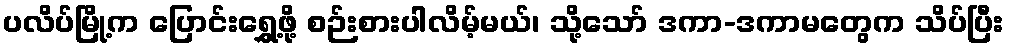
ပလိပ်မြို့က ပြောင်းရွှေ့ဖို့ စဉ်းစားပါလိမ့်မယ်၊ သို့သော် ဒကာ-ဒကာမတွေက သိပ်ပြီး